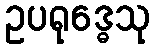
ဥပရုဒ္ဓေသု